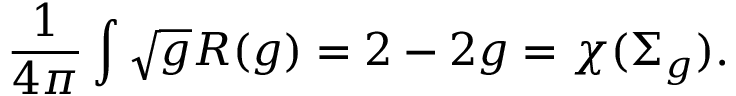
\frac { 1 } { 4 \pi } \int \sqrt { g } R ( g ) = 2 - 2 g = \chi ( \Sigma _ { g } ) .